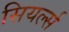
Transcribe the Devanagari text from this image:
सियर्ल्स